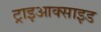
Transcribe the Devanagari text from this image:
ट्राइआक्साइड